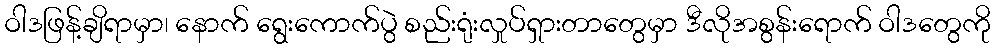
ဝါဒဖြန့်ချိရာမှာ၊ နောက် ရွေးကောက်ပွဲ စည်းရုံးလှုပ်ရှားတာတွေမှာ ဒီလိုအစွန်းရောက် ဝါဒတွေကို